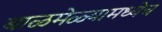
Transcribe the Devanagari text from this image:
बाळमेळ्यामध्येच